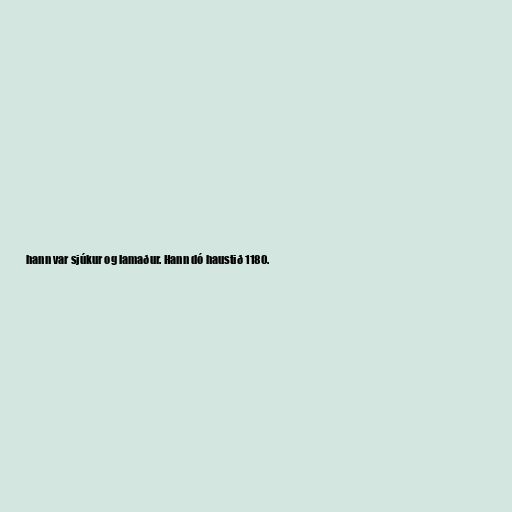
hann var sjúkur og lamaður. Hann dó haustið 1180.